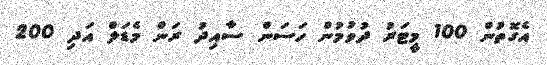
އެގޮތުން 100 މީޓަރު ދުވުމުން ހަސަން ސާއިދު ރަން މެޑަލް އަދި 200